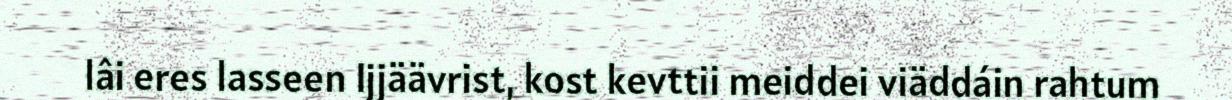
lâi eres lasseen Ijjäävrist, kost kevttii meiddei viäddáin rahtum